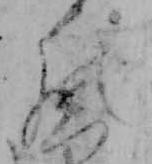
の